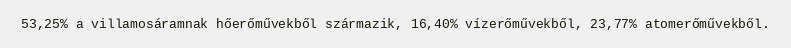
53,25% a villamosáramnak hőerőművekből származik, 16,40% vízerőművekből, 23,77% atomerőművekből.